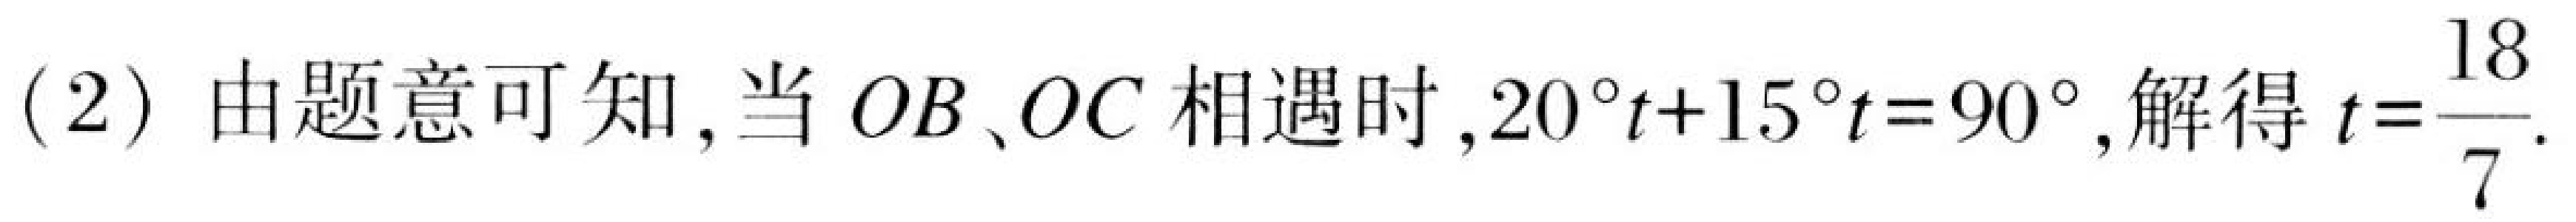
(2) 由题意可知, 当 \(OB、OC\) 相遇时, \(20^{\circ}t + 15^{\circ}t = 90^{\circ}\), 解得 \(t=\dfrac{18}{7}\).